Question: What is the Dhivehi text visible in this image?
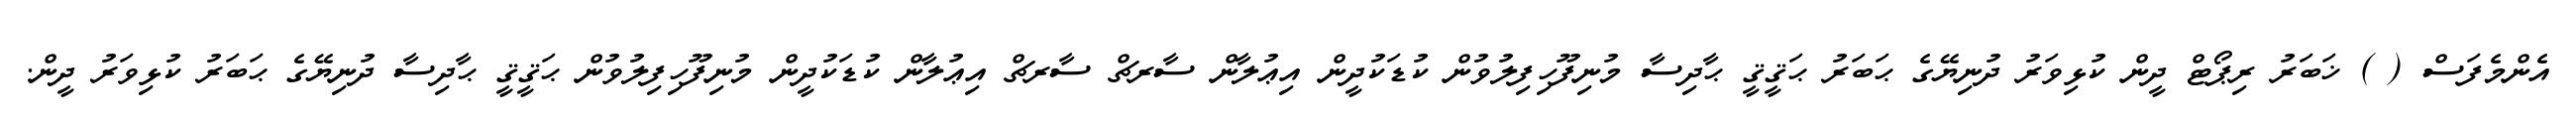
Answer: އެންމެފަސް ( ) ޚަބަރު ރިޕޯޓް ދީން ކުޅިވަރު ދުނިޔޭގެ ޙަބަރު ޙަޤީޤީ ޙާދިސާ މުނިފޫހިފިލުވުން ކުޑަކުދީން އިޢުލާން ސާރޗް ސާރޗް އިޢުލާން ކުޑަކުދީން މުނިފޫހިފިލުވުން ޙަޤީޤީ ޙާދިސާ ދުނިޔޭގެ ޙަބަރު ކުޅިވަރު ދީން.